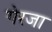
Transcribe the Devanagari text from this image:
गेरजा